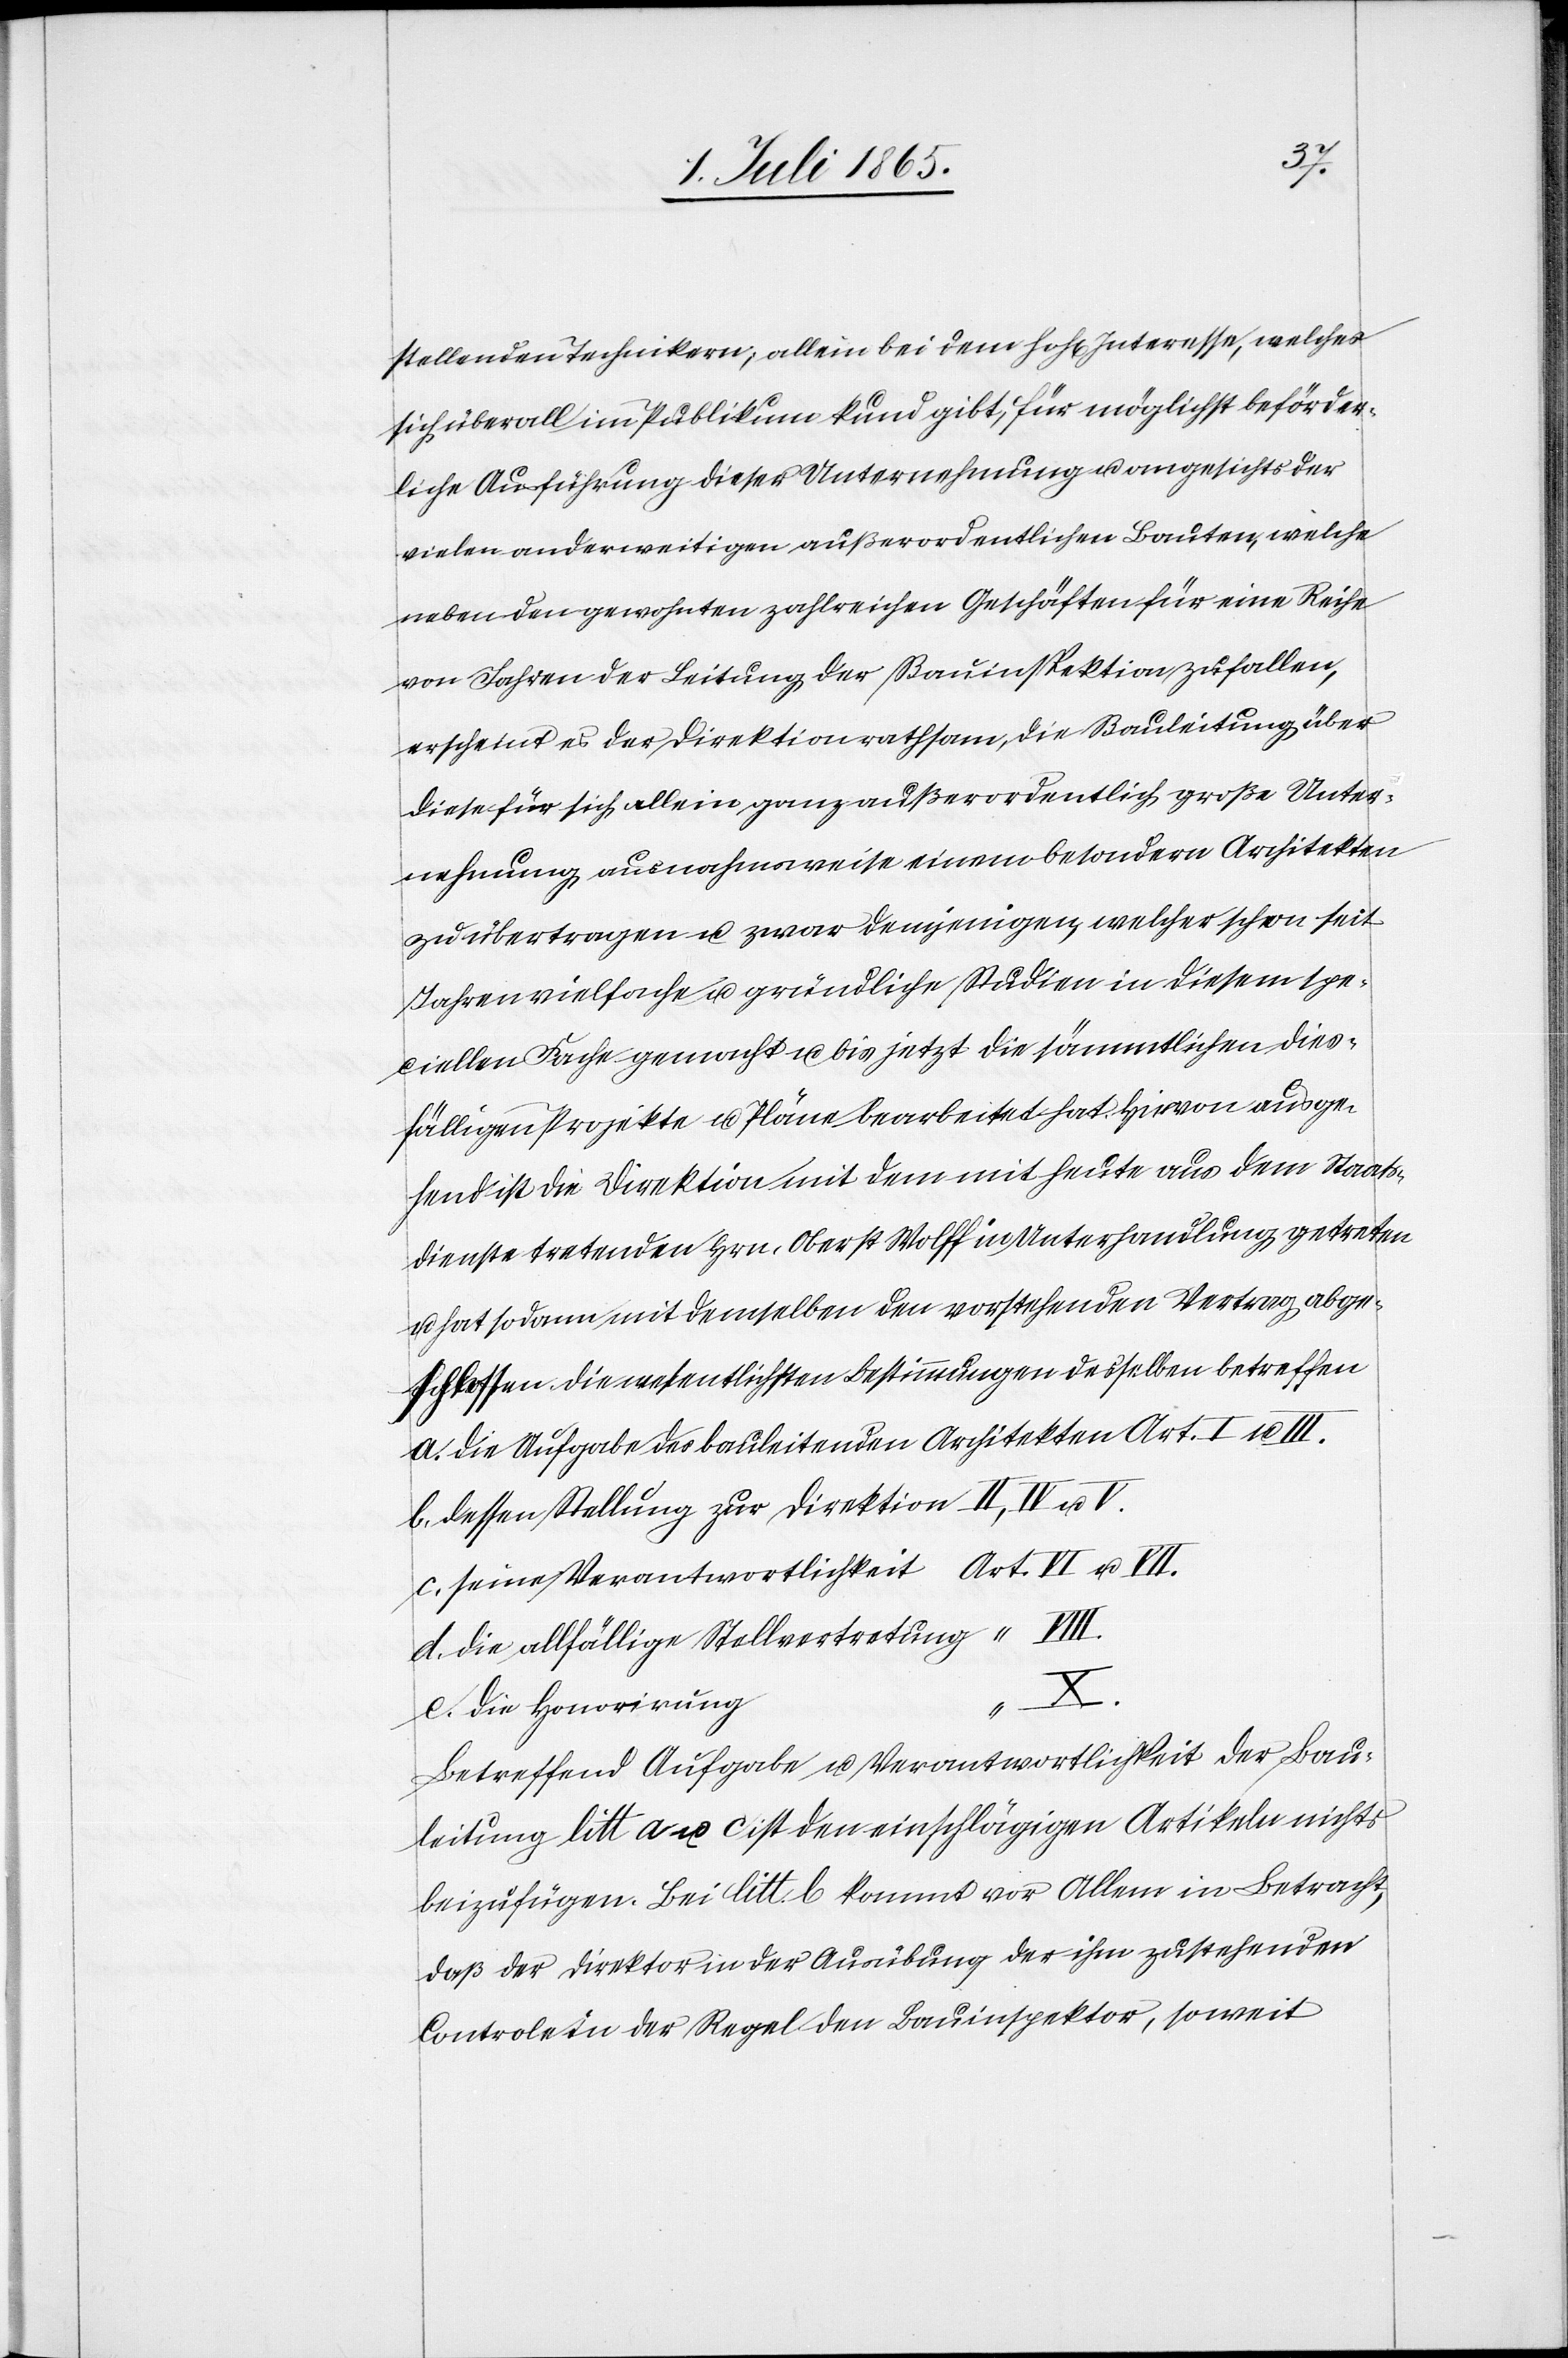
stellenden Technikern; allein bei dem hoh[en] Interesse, welches
sich überall im Publikum kund gibt, für möglichst beförder¬
liche Ausführung dieser Unternehmung u. angesichts der
vielen anderweitigen außerordentlichen Bauten, welche
neben den gewohnten zahlreichen Geschäften für eine Reihe
von Jahren der Leitung der Bauinspektion zufallen,
erscheint es der Direktion rathsam, die Bauleitung über
diese für sich allein ganz außerordentlich große Unter¬
nehmung ausnahmsweise einem besondern Architekten
zu übertragen u. zwar demjenigen, welcher schon seit
Jahren vielfache u. gründliche Studien in diesem spe¬
ciellen Fache gemacht u. bis jetzt die sämmtlichen dies¬
fälligen Projekte u. Pläne bearbeitet hat. Hievon ausge¬
hend ist die Direktion mit dem mit heute aus dem Staats¬
dienste tretenden Hrn. Oberst Wolff in Unterhandlung getreten
hat sodann mit demselben den vorstehenden Vertrag abge¬
schlossen. Die wesentlichsten Bestimmungen desselben betreffen
a. Die Aufgabe des bauleitenden Architekten Art. I u. III.
b. dessen Stellung zur Direktion II, IV u. V.
c. seine Verantwortlichkeit Art. VI u. VII.
d. die allfällige Stellvertretung “ VIII.
e. die Honorirung
Betreffend Aufgabe u. Verantwortlichkeit der Bau¬
leitung litt a u. c ist den einschlägigen Artikeln nichts
beizufügen. Bei litt. b kommt vor Allem in Betracht,
daß der Direktor der Ausübung der ihm zustehenden
Controle in der Regel den Bauinspektor, soweit